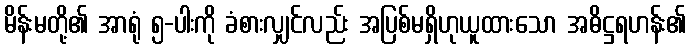
မိန်းမတို့၏ အာရုံ ၅-ပါးကို ခံစားလျှင်လည်း အပြစ်မရှိဟုယူထားသော အဓိဋ္ဌရဟန်း၏